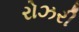
રોઝરી